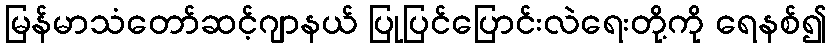
မြန်မာသံတော်ဆင့်ဂျာနယ် ပြုပြင်ပြောင်းလဲရေးတို့ကို ရေနစ်၍